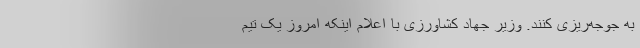
به جوجه‌ریزی کنند. وزیر جهاد کشاورزی با اعلام اینکه امروز یک تیم